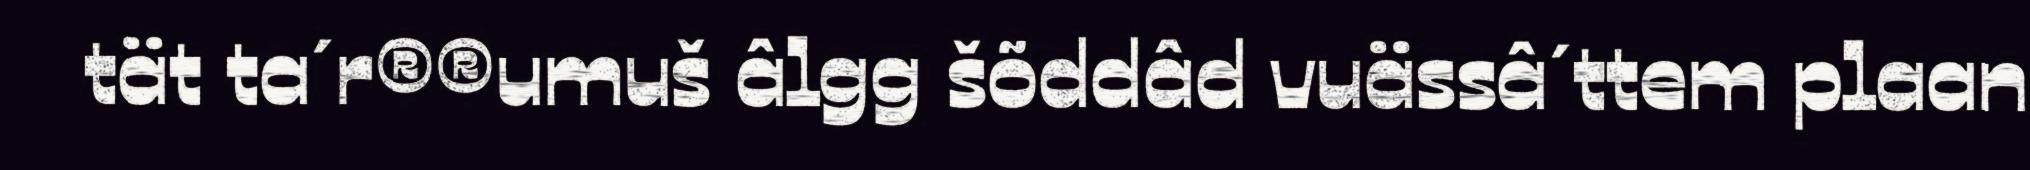
tät ta´r®®umuš âlgg šõddâd vuässâ´ttem plaan